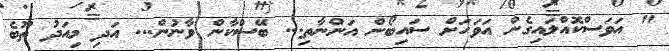
" އަވަސްކޮއްލައިގެން އަވަހަށް ސައިބޯން އަންނާތި... ބޭސްކާން ވާނުން... އަދި މިއަދު ތޫބެ